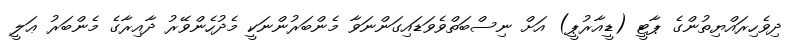
ދިވެހިރައްޔިތުންގެ ޕާޓީ (ޑީއާރުޕީ) އަށް ނިސްބަތްވެވަޑައިގަންނަވާ މެންބަރުންނަކީ މެދުހެންވޭރު ދާއިރާގެ މެންބަރު ޢަލީ